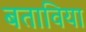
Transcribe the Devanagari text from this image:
बताविया